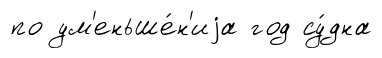
по ум'еньше́н'иjа год су́дна